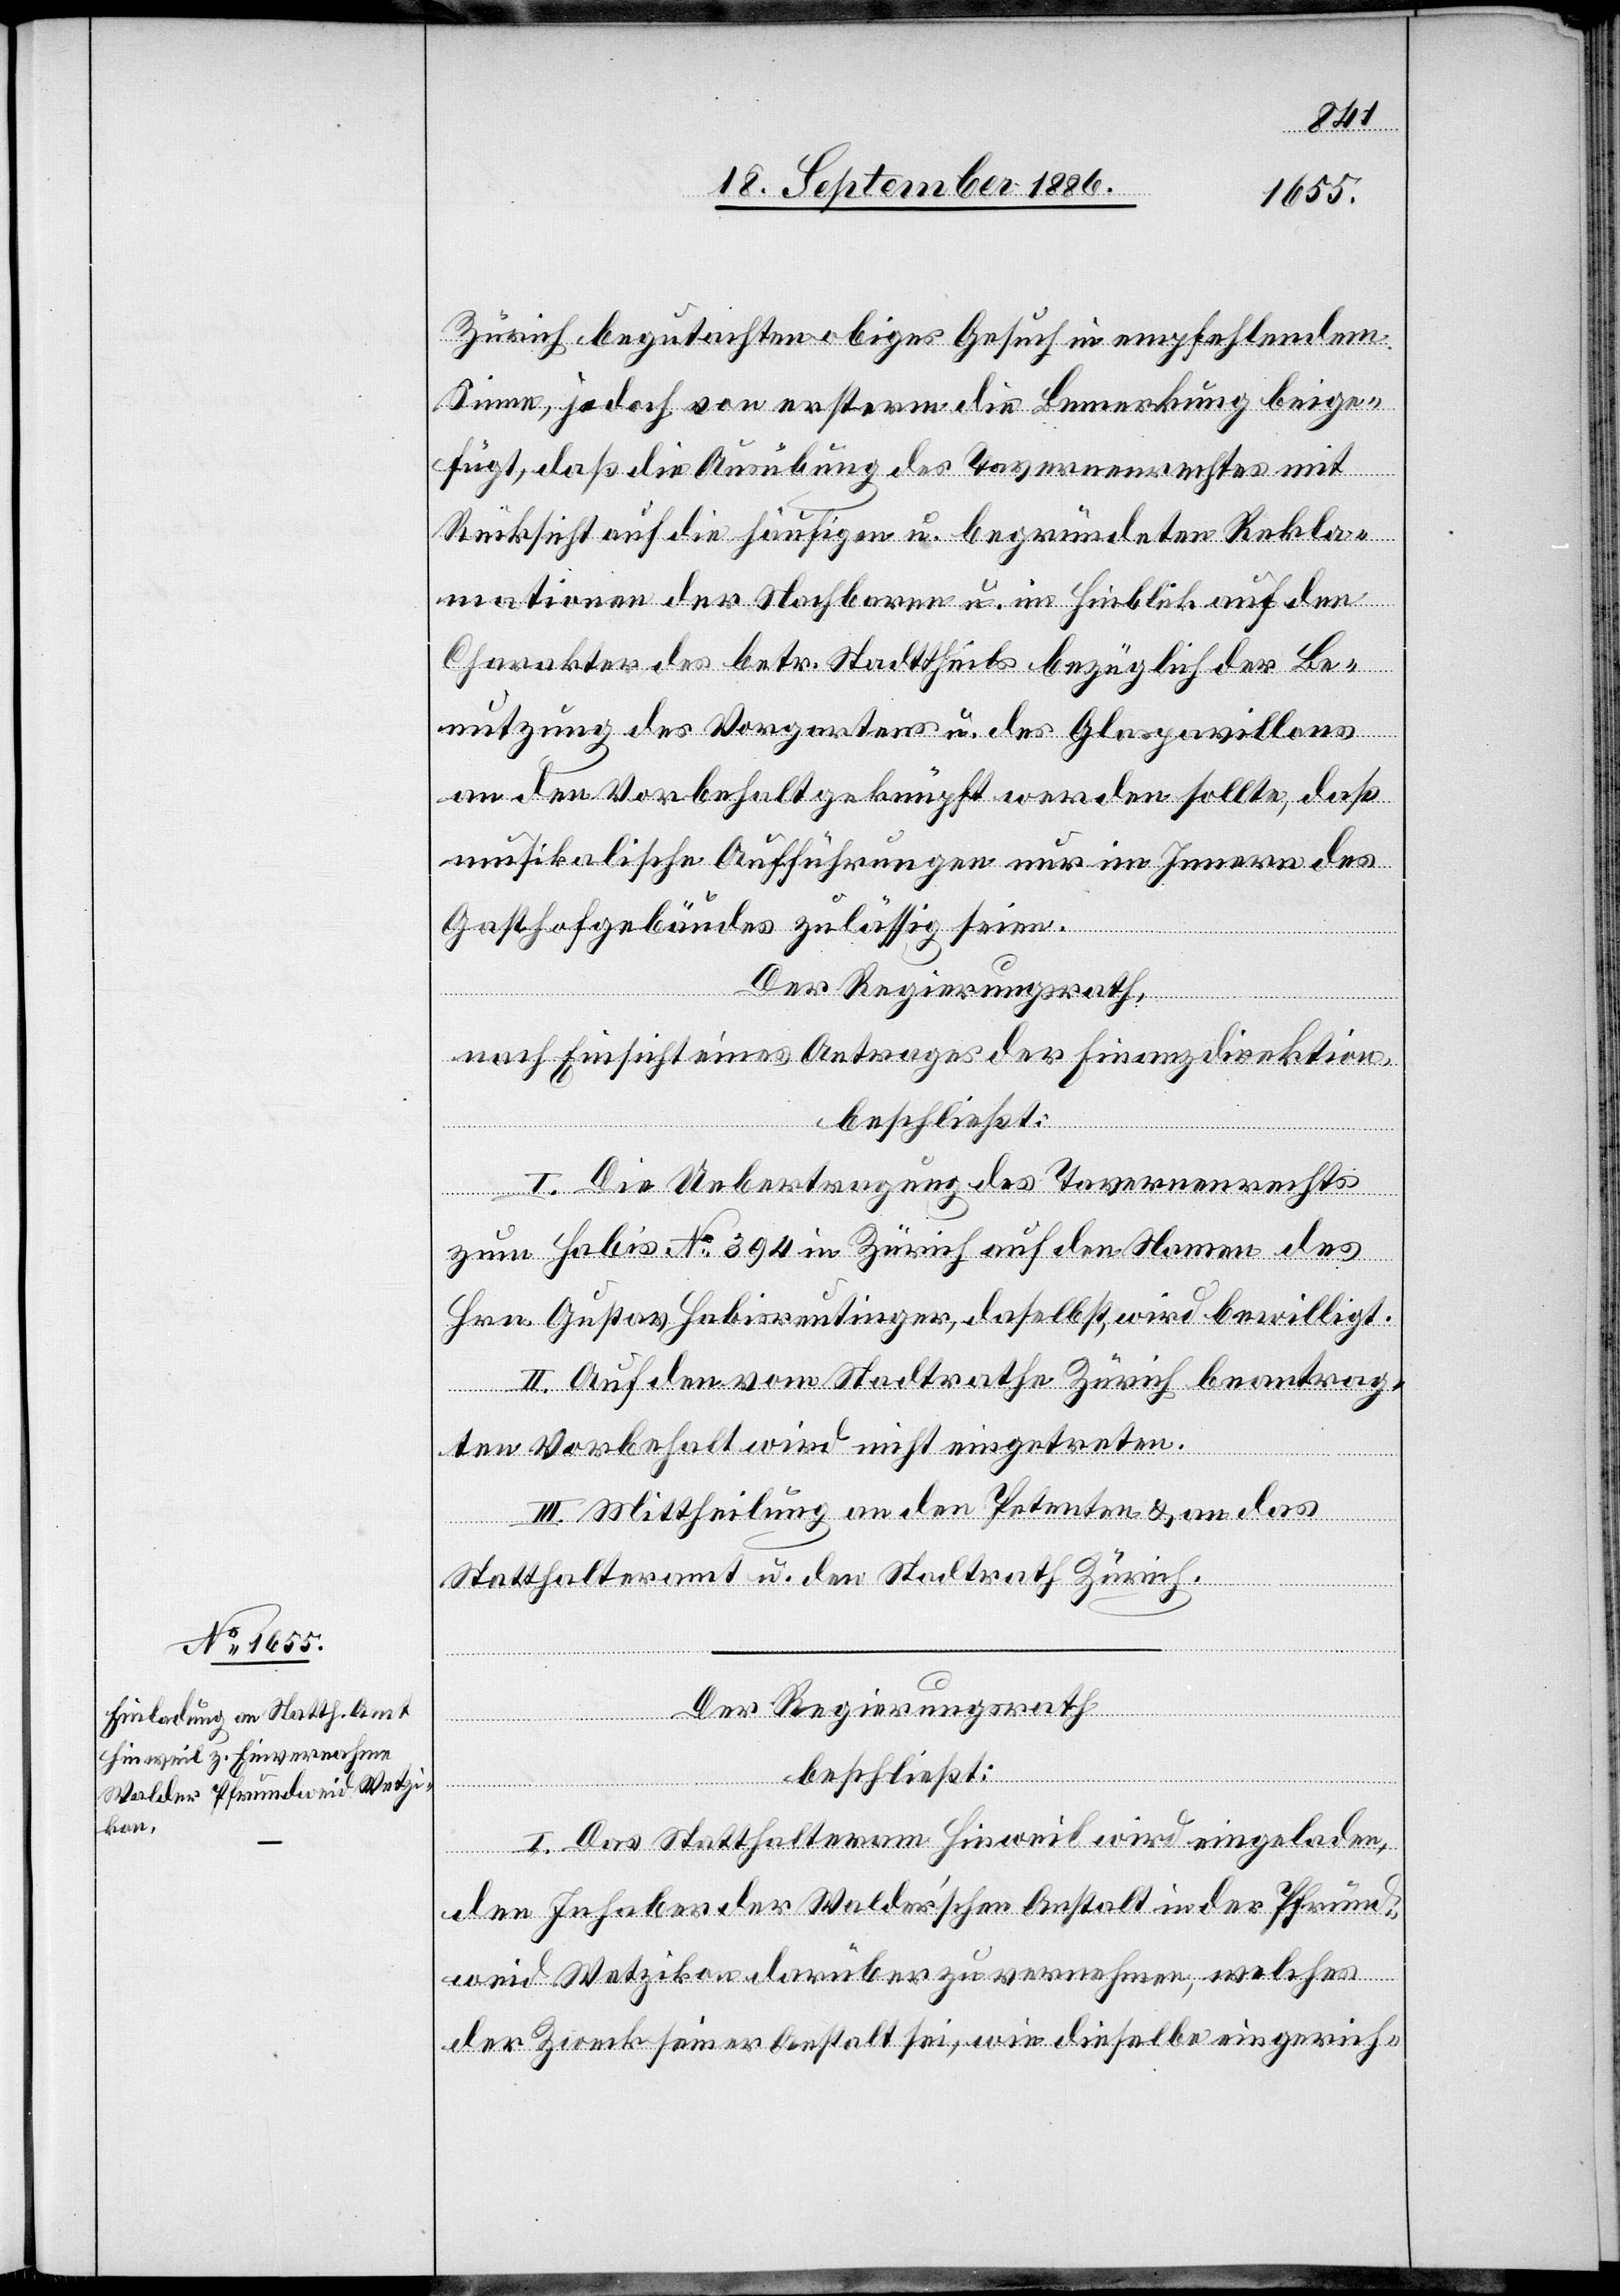
Zürich begutachten obiges Gesuch in empfehlendem
Sinne, jedoch von ersterm die Bemerkung beige¬
fügt, daß die Ausübung des Tavernenrechtes mit
Rücksicht auf die häufigen u. begründeten Rekla¬
mationen der Nachbarn u. im Hinblick auf den
Charakter des betr. Stadttheils bezüglich der Be¬
nutzung des Vorgartens u. des Glaspavillons
an den Vorbehalt geknüpft werden sollte, daß
musikalische Aufführungen nur im Innern des
Gasthofgebäudes zulässig seien.
Der Regierungsrath,
nach Einsicht eines Antrages der Finanzdirektion,
beschließt:
I. Die Uebertragung des Tavernenrechts
zum Habis No 394 in Zürich auf den Namen des
Hrn. Gustav Habisreutinger, daselbst, wird bewilligt.
II. Auf den vom Stadtrathe Zürich beantrag¬
ten Vorbehalt wird nicht eingetreten.
III. Mittheilung an den Petenten & an das
Statthalteramt u. den Stadtrath Zürich.
Der Regierungsrath,
beschließt:
I. Das Statthalteram[t] Hinweil wird eingeladen,
den Inhaber der Walderʼschen Anstalt in der Pfrun¬
dweid Wetzikon darüber zu vernehmen, welches
der Zweck seiner Anstalt sei, wie dieselbe eingerich-